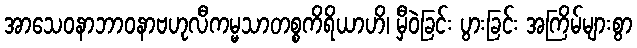
အာသေဝနာဘာဝနာဗဟုလီကမ္မသာတစ္စကိရိယာဟိ၊ မှီဝဲခြင်း ပွားခြင်း အကြိမ်များစွာ